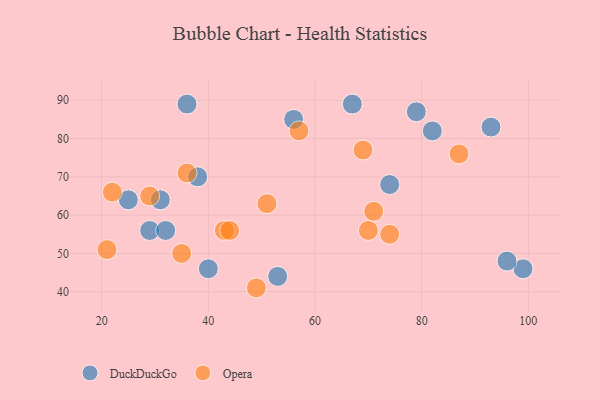
{"axis": {"x": "GDP", "y": "Life Expectancy"}, "legend": ["DuckDuckGo", "Opera"], "data": [{"x": "99", "y": 46, "type": "DuckDuckGo"}, {"x": "53", "y": 44, "type": "DuckDuckGo"}, {"x": "29", "y": 56, "type": "DuckDuckGo"}, {"x": "31", "y": 64, "type": "DuckDuckGo"}, {"x": "36", "y": 89, "type": "DuckDuckGo"}, {"x": "56", "y": 85, "type": "DuckDuckGo"}, {"x": "79", "y": 87, "type": "DuckDuckGo"}, {"x": "67", "y": 89, "type": "DuckDuckGo"}, {"x": "32", "y": 56, "type": "DuckDuckGo"}, {"x": "40", "y": 46, "type": "DuckDuckGo"}, {"x": "93", "y": 83, "type": "DuckDuckGo"}, {"x": "74", "y": 68, "type": "DuckDuckGo"}, {"x": "82", "y": 82, "type": "DuckDuckGo"}, {"x": "25", "y": 64, "type": "DuckDuckGo"}, {"x": "38", "y": 70, "type": "DuckDuckGo"}, {"x": "96", "y": 48, "type": "DuckDuckGo"}, {"x": "87", "y": 76, "type": "Opera"}, {"x": "35", "y": 50, "type": "Opera"}, {"x": "71", "y": 61, "type": "Opera"}, {"x": "57", "y": 82, "type": "Opera"}, {"x": "21", "y": 51, "type": "Opera"}, {"x": "70", "y": 56, "type": "Opera"}, {"x": "43", "y": 56, "type": "Opera"}, {"x": "29", "y": 65, "type": "Opera"}, {"x": "22", "y": 66, "type": "Opera"}, {"x": "49", "y": 41, "type": "Opera"}, {"x": "44", "y": 56, "type": "Opera"}, {"x": "69", "y": 77, "type": "Opera"}, {"x": "36", "y": 71, "type": "Opera"}, {"x": "51", "y": 63, "type": "Opera"}, {"x": "74", "y": 55, "type": "Opera"}]}